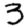
Digit: 3